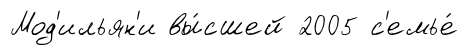
Мод'ильян'и вы́сшей 2005 с'емье́